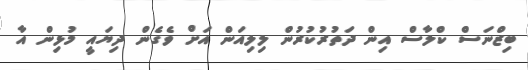
ބިޒްނަސް ކްލާސް އިން ދަތުރުކުރުން ލިލިއަން އަށް ވެގެން ދިޔައީ މުޅިން އާ